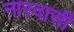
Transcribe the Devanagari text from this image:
नारदासी